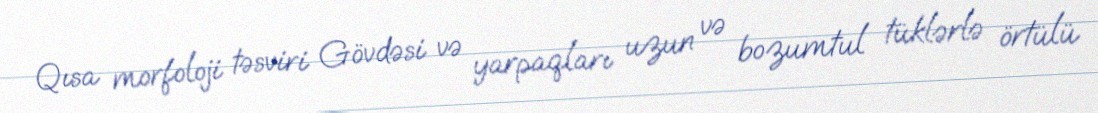
Qısa morfoloji təsviri Gövdəsi və yarpaqları uzun və bozumtul tüklərlə örtülü